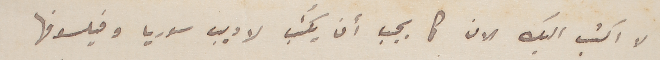
لا اكتب اليك الان كما يجب ان يكُتب لاديب سوريا وفيلسوفها